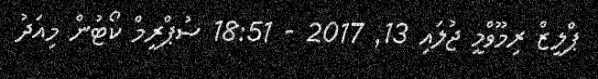
ޕްލީޒް ރިމޫވްމީ ޖުލައި 13